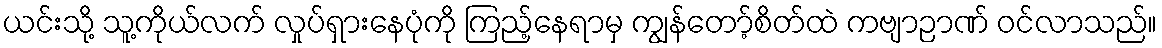
ယင်းသို့ သူ့ကိုယ်လက် လှုပ်ရှားနေပုံကို ကြည့်နေရာမှ ကျွန်တော့်စိတ်ထဲ ကဗျာဉာဏ် ဝင်လာသည်။